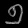
Digit: ၅